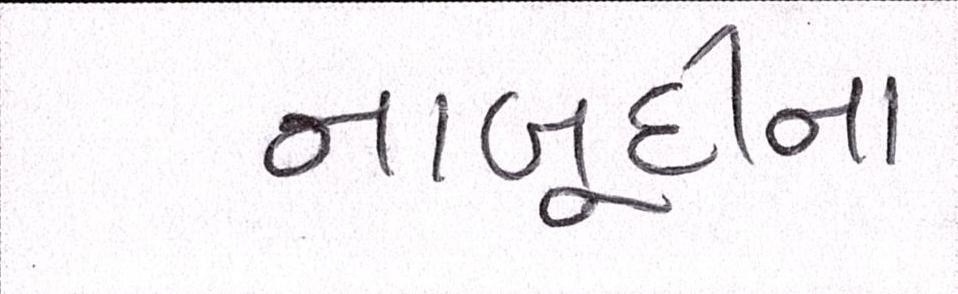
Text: નાબૂદીના